Annual report on the Civil Veterinary Department, Burma (including the Insein Veterinary School) - 1923-1931
Year: 1923
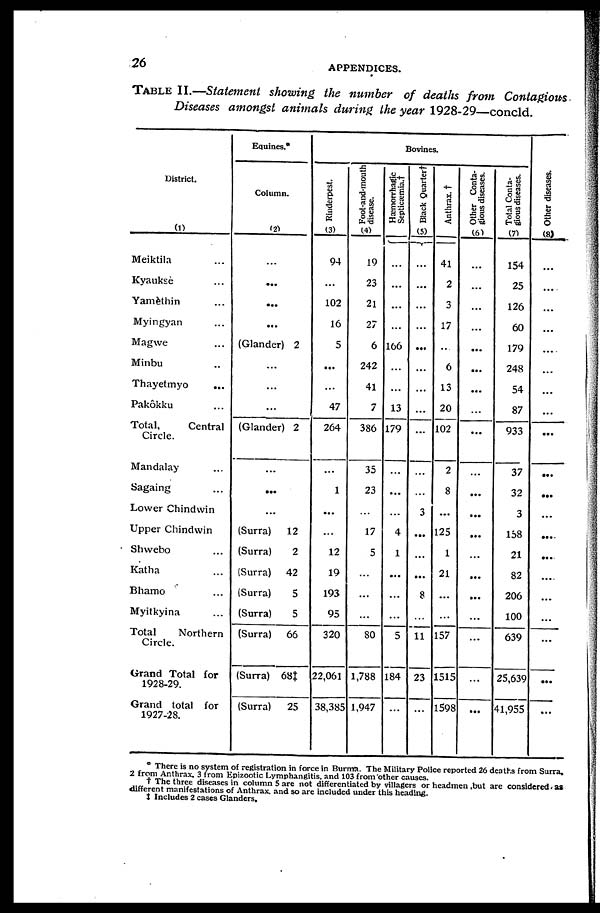
26
APPENDICES.
TABLE II.—Statement showing the number of deaths from Contagious.
Diseases amongst animals during the year 1928-29—concld.
District.
(1)
Meiktila ...
Kyauksè ...
Yamèthin ...
Myingyan ...
Magwe ...
Minbu ...
Thayetmyo
...
Pakôkku ...
Total,
Central
Circle.
Mandalay ...
Sagaing ...
Lower Chindwin
Upper Chindwin
Shwebo ...
Katha ...
Bhamo ...
Myitkyina ...
Total
Northern
Circle.
Grand Total for
1928-29.
Grand total for
1927-28.
Equines.*
Column.
(2)
...
...
...
...
(Glander) 2
...
...
...
(Glander) 2
...
...
...
(Surra)
12
(Surra)
2
(Surra)
42
(Surra)
5
(Surra)
5
(Surra)
66
(Surra) 68†
(Surra)
25
Bovines
Rinderpest.
(3)
94
...
102
16
5
...
...
47
264
...
1
...
...
12
19
193
95
320
22,061
38,385
Foot-and-mouth
disease.
(4)
19
23
21
27
6
242
41
7
386
35
23
...
17
5
...
...
...
80
1,788
1,947
Hæmorrhagic
Septicæmia.†
...
...
...
...
166
...
...
13
179
...
...
...
4
1
...
...
...
5
184
...
Black Quarter†
(5)
...
...
...
...
...
...
...
...
...
...
...
3
...
...
8
...
11
23
...
Anthrax. †
41
2
3
17
...
6
13
20
102
2
8
...
125
1
21
...
...
157
1515
1598
Other Conta-
gious diseases.
(6)
...
...
...
...
...
...
...
...
...
...
...
...
...
...
...
...
...
...
...
...
Total Conta-
gious diseases.
(7)
154
25
126
60
179
248
54
87
933
37
32
3
158
21
82
206
100
639
25,639
41,955
Ot her di s eas es .
(8)
...
...
...
...
....
...
...
...
...
...
...
...
...
...
....
...
...
...
...
...
* There is no system of registration in force in Burma. The Military Police reported 26 deaths from Surra.
2 from Anthrax, 3 from Epizootic Lymphangitis, and 103 from other causes.
† The three diseases in column 5 are not differentiated by villagers or headmen ,but are considered as
different manifestations of Anthrax, and so are included under this heading.
‡ Includes 2 cases Glanders.